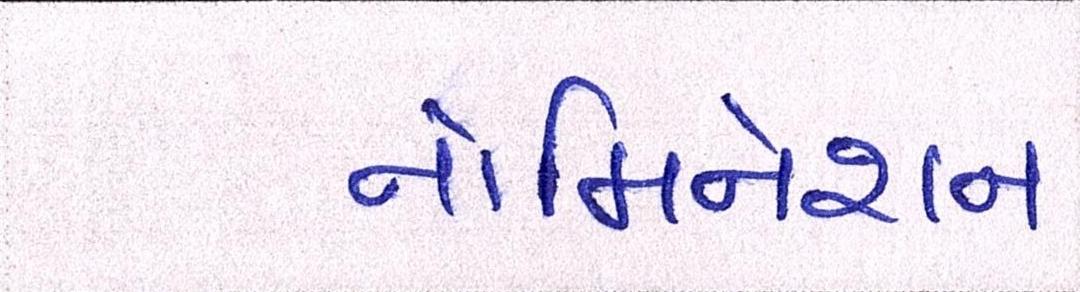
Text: નોમિનેશન